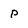
Character: p